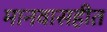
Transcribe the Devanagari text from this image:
मानवासहीत